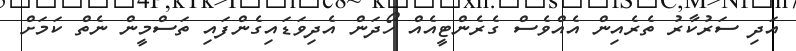
އަދި ސަރުކާރު ތެރެއިން އެއްވެސް ގެރެންޓީއެއް ހޯދަން އެދިވަޑައިގެންފައި ތަސްމީން ނެތް ކަމަށް